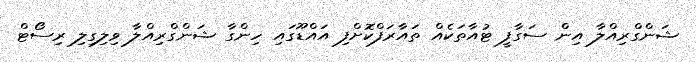
ޝަންގްރިއްލާ އިން ސަގާފީ ޓުއާތަކެއް ތައާރަފްކޮށްފި އައްޑޫގައި ހިންގާ ޝަންގްރިއްލާ ވިލިގިލި ރިސޯޓް